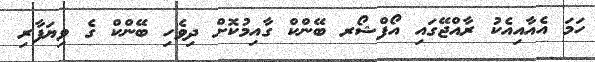
ހަމަ އެއާއިއެކު ރާއްޖޭގައި އޯފްޝޯރ ބޭންކް ގާއިމުކޮށް ދިވެހި ބޭންކް ގެ ވިޔަފާރި